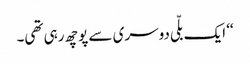
‘‘ ایک بلّی دوسری سے پوچھ رہی تھی۔